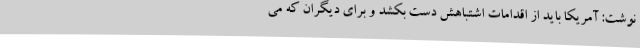
نوشت: آمریکا باید از اقدامات اشتباهش دست بکشد و برای دیگران که می